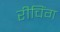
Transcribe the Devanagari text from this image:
रीचिंग